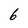
Character: 6